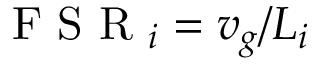
\mathrm { ~ F ~ S ~ R ~ } _ { i } = v _ { g } / L _ { i }